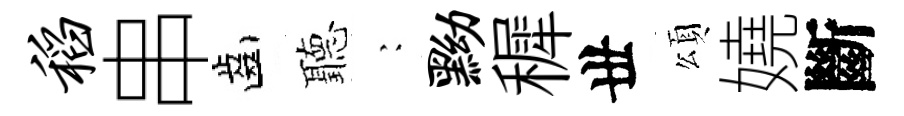
稻串齒聽巍黝穉丗頌嬈斷